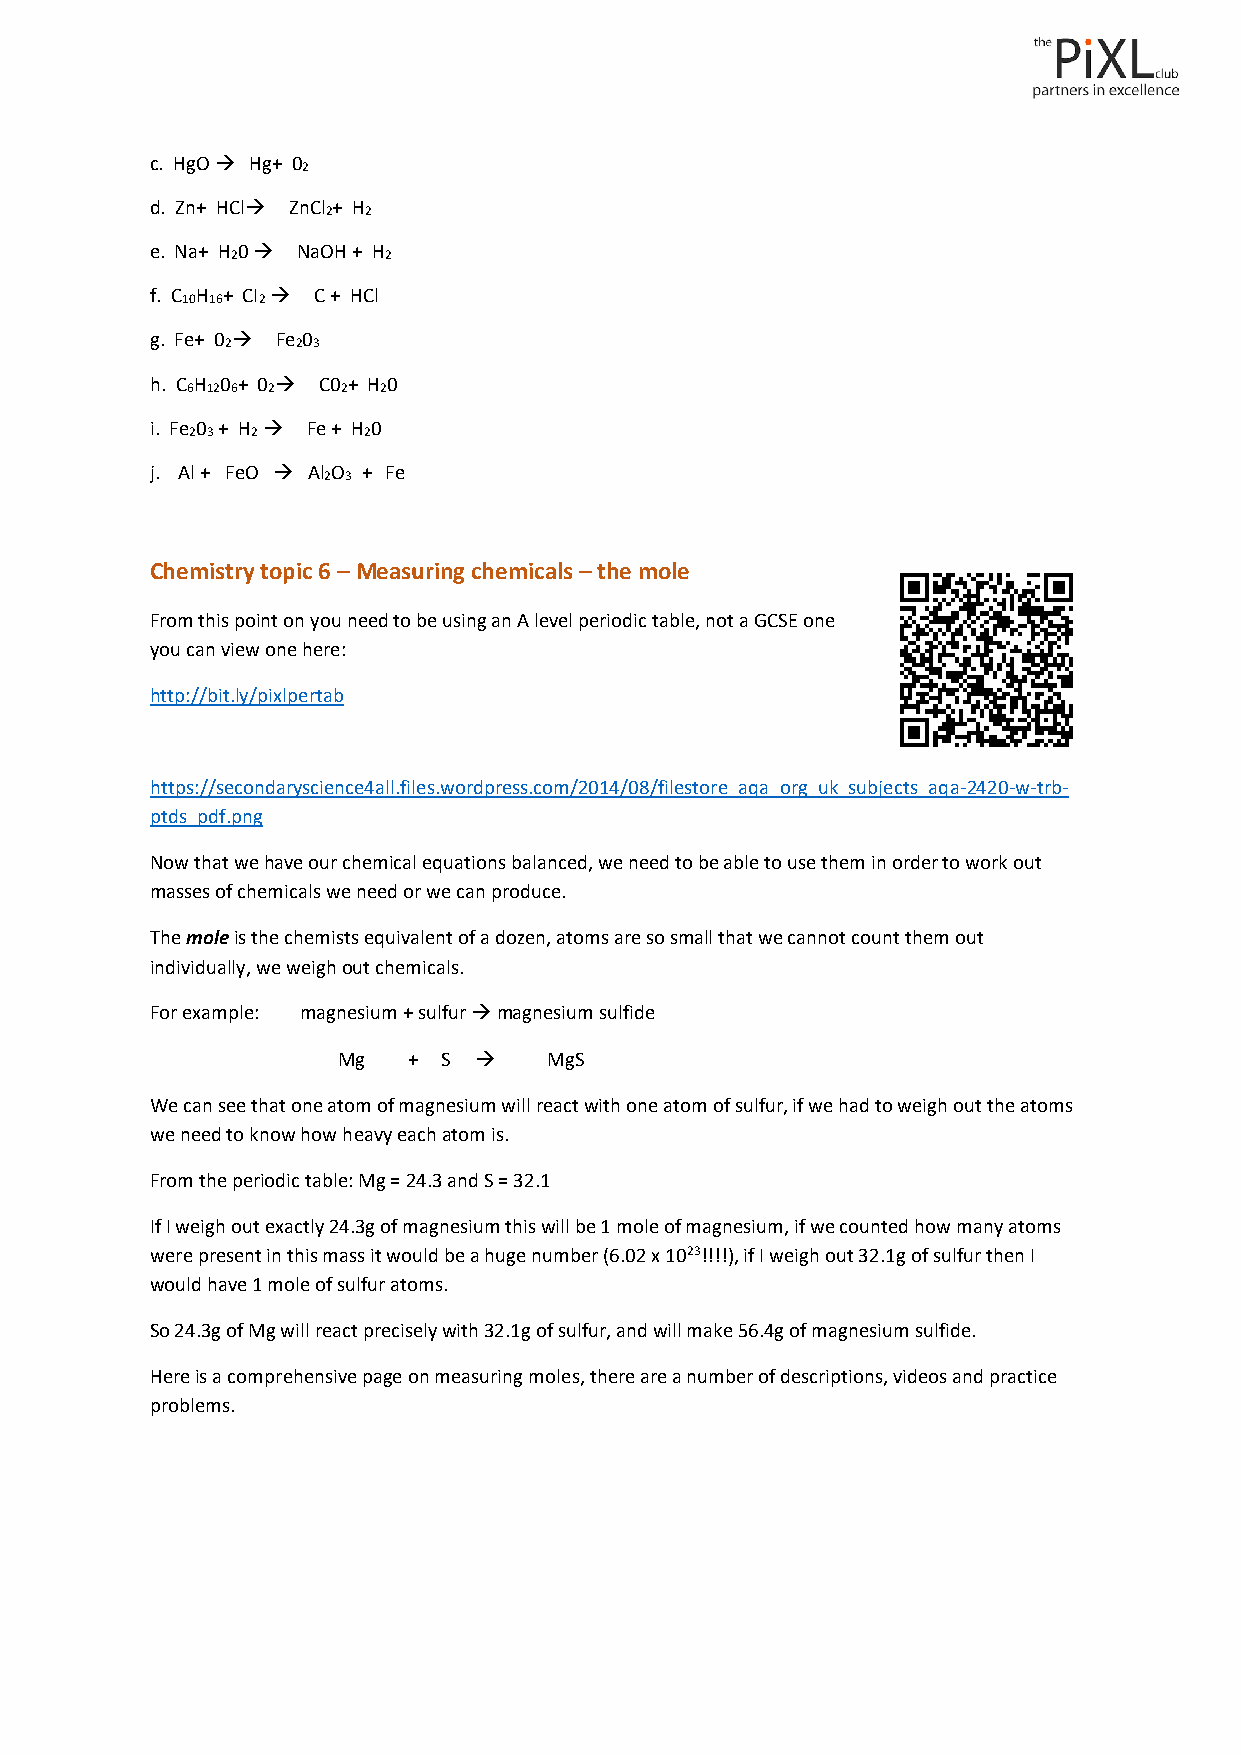
c. HgO → Hg+ 0
 2
 d. Zn+ HCl→ ZnCl + H
 2 2
 e. Na+ H 0 → NaOH + H
 2         2
 f. C H + CI → C + HCl
 10 16 2
 g. Fe+ 0 → Fe 0
 2    2 3
 h. C H 0 + 0 → C0 + H 0
 6 12 6 2   2 2
 i. Fe 0 + H → Fe + H 0
 2 3 2      2
 j. Al + FeO → Al O + Fe
 2 3
 Chemistry topic 6 – Measuring chemicals – the mole
 From this point on you need to be using an A level periodic table, not a GCSE one
 you can view one here:
 http://bit.ly/pixlpertab
 https://secondaryscience4all.files.wordpress.com/2014/08/filestore_aqa_org_uk_subjects_aqa-2420-w-trb-
 ptds_pdf.png
 Now that we have our chemical equations balanced, we need to be able to use them in order to work out
 masses of chemicals we need or we can produce.
 The mole is the chemists equivalent of a dozen, atoms are so small that we cannot count them out
 individually, we weigh out chemicals.
 For example: magnesium + sulfur → magnesium sulfide
 Mg   + S →    MgS
 We can see that one atom of magnesium will react with one atom of sulfur, if we had to weigh out the atoms
 we need to know how heavy each atom is.
 From the periodic table: Mg = 24.3 and S = 32.1
 If I weigh out exactly 24.3g of magnesium this will be 1 mole of magnesium, if we counted how many atoms
 were present in this mass it would be a huge number (6.02 x 1023!!!!), if I weigh out 32.1g of sulfur then I
 would have 1 mole of sulfur atoms.
 So 24.3g of Mg will react precisely with 32.1g of sulfur, and will make 56.4g of magnesium sulfide.
 Here is a comprehensive page on measuring moles, there are a number of descriptions, videos and practice
 problems.